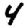
Digit: 4